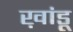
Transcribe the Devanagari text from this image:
ख़ांडू